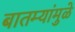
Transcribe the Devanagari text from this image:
बातम्यांमुळे